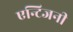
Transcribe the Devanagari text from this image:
एन्टिजनी